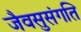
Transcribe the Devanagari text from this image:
जैवसुसंगति